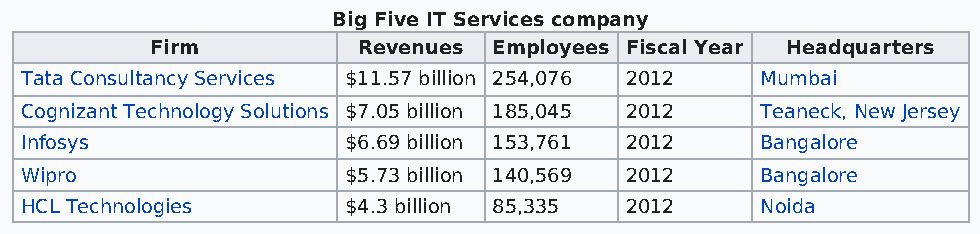
Big Five IT Services company
 Firm          Revenues Employees Fiscal Year Headquarters
 Tata Consultancy Services $11.57 billion 254,076 2012 Mumbai
 Cognizant Technology Solutions $7.05 billion 185,045 2012 Teaneck, New Jersey
 Infosys               $6.69 billion 153,761 2012 Bangalore
 Wipro                 $5.73 billion 140,569 2012 Bangalore
 HCL Technologies      $4.3 billion 85,335 2012   Noida